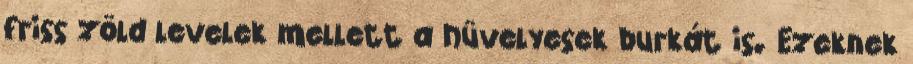
friss zöld levelek mellett a hüvelyesek burkát is. Ezeknek